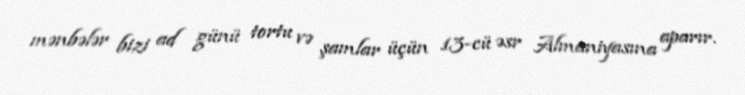
mənbələr bizi ad günü tortu və şamlar üçün 13-cü əsr Almaniyasına aparır.